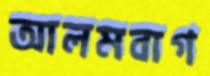
আলমবাগ